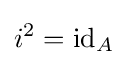
i^{2}=\operatorname {id} _{A}